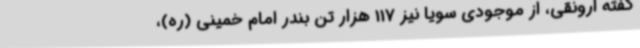
گفته ارونقی، از موجودی سویا نیز 117 هزار تن بندر امام خمینی (ره)،